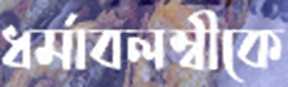
ধর্মাবলম্বীকে